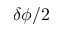
\delta \phi / 2